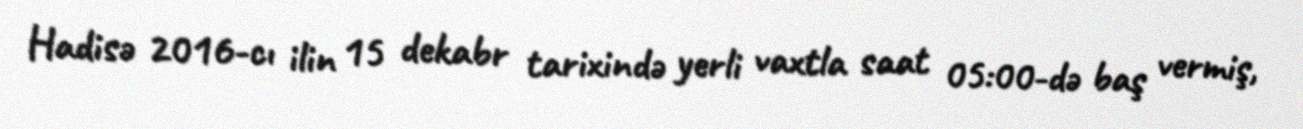
Hadisə 2016-cı ilin 15 dekabr tarixində yerli vaxtla saat 05:00-də baş vermiş,